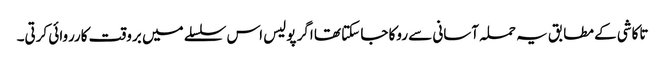
تاکاشی کے مطابق یہ حملہ آسانی سے روکا جا سکتا تھا اگر پولیس اس سلسلے میں بروقت کارروائی کرتی۔